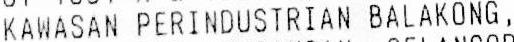
KAWASAN PERINDUSTRIAN BALAKONG,